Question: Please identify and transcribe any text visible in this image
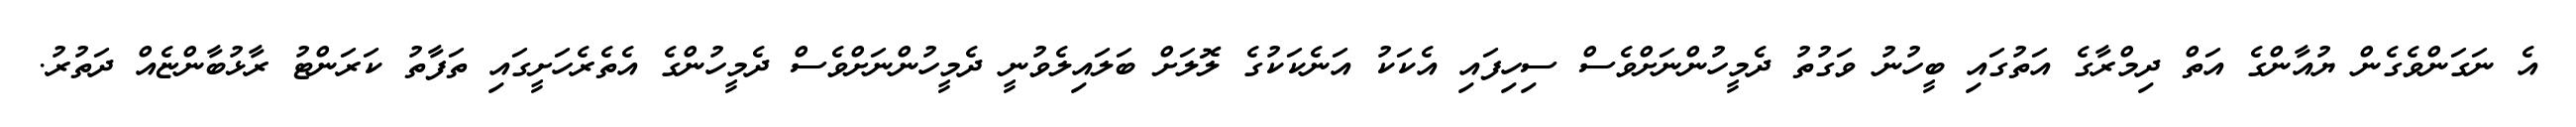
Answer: އެ ނަގަންވެގެން ޔުއާންގެ އަތް ދިމްރާގެ އަތުގައި ބީހުނު ވަގުތު ދެމީހުންނަށްވެސް ސިހިފައި އެކަކު އަނެކަކުގެ ލޮލަށް ބަލައިލެވުނީ ދެމީހުންނަށްވެސް ދެމީހުންގެ އެތެރެހަށީގައި ތަފާތު ކަރަންޓު ރާޅުބާންޏެއް ދަތުރު.